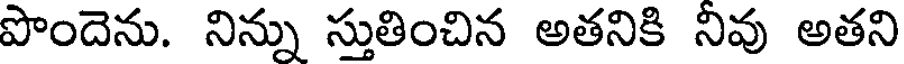
పొందెను. నిన్ను స్తుతించిన అతనికి నివు అతని